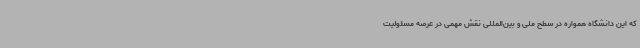
که این دانشگاه همواره در سطح ملی و بین‌المللی نقش مهمی در عرصه مسئولیت